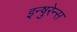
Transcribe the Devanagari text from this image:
इन्षुरेन्स